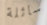
سائلة